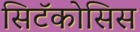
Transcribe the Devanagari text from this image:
सिटॅकोसिस